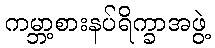
ကမ္ဘာ့စားနပ်ရိက္ခာအဖွဲ့